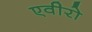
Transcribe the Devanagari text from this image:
एवीरो